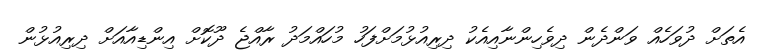
އެތަށް ދުވަހެއް ވަންދެން ދިވެހިންނާއިއެކު ދިރިއުޅުމަށްފަހު މުހައްމަދު ރާއްޖެ ދޫކޮށް އިންޑިއާއަށް ދިރިއުޅުން